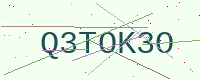
Text: Q3TOK3O